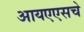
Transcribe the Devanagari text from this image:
आयएएसचे